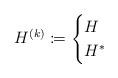
LaTeX: \begin{align*}H^{(k)} \coloneqq \begin{cases}H &\\H^* &\end{cases}\end{align*}